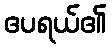
ဧပရယ်၏